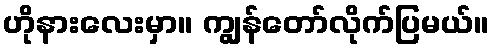
ဟိုနားလေးမှာ။ ကျွန်တော်လိုက်ပြမယ်။